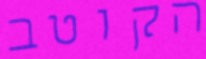
הקוטב